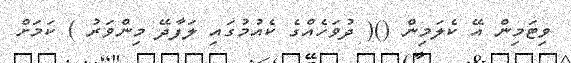
ވިޓަމިން އޭ ކެލަމިން ()( ދުވަހެއްގެ ކެއުމުގައި ލަފާދޭ މިންވަރު ) ކަމަށް